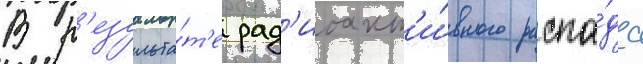
В р'езульта́т'е рад'иоакт'и́вного распа́да